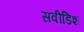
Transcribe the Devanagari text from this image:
सवीडिश